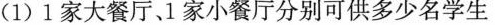
(1)1家大餐厅、1家小餐厅分别可供多少名学生